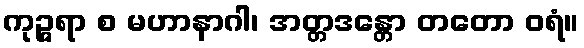
ကုဉ္ဇရာ စ မဟာနာဂါ၊ အတ္တဒန္တော တတော ဝရံ။